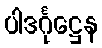
ပါဒင်္ဂုဋ္ဌေန